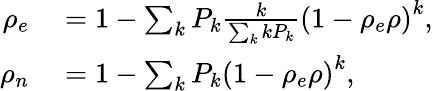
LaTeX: \begin{array}{rl}{\rho_{e}}&{{}=1-\sum_{k}P_{k}\frac{k}{\sum_{k}kP_{k}}\left(1-\rho_{e}\rho\right)^{k},}\\ {\rho_{n}}&{{}=1-\sum_{k}P_{k}\left(1-\rho_{e}\rho\right)^{k},}\end{array}